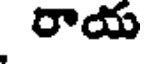
రాయ